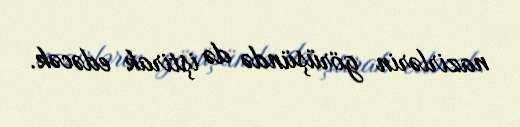
nazirlərin görüşündə də iştirak edəcək.